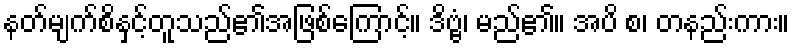
နတ်မျက်စိနှင့်တူသည်၏အဖြစ်ကြောင့်။ ဒိဗ္ဗံ၊ မည်၏။ အပိ စ၊ တနည်းကား။